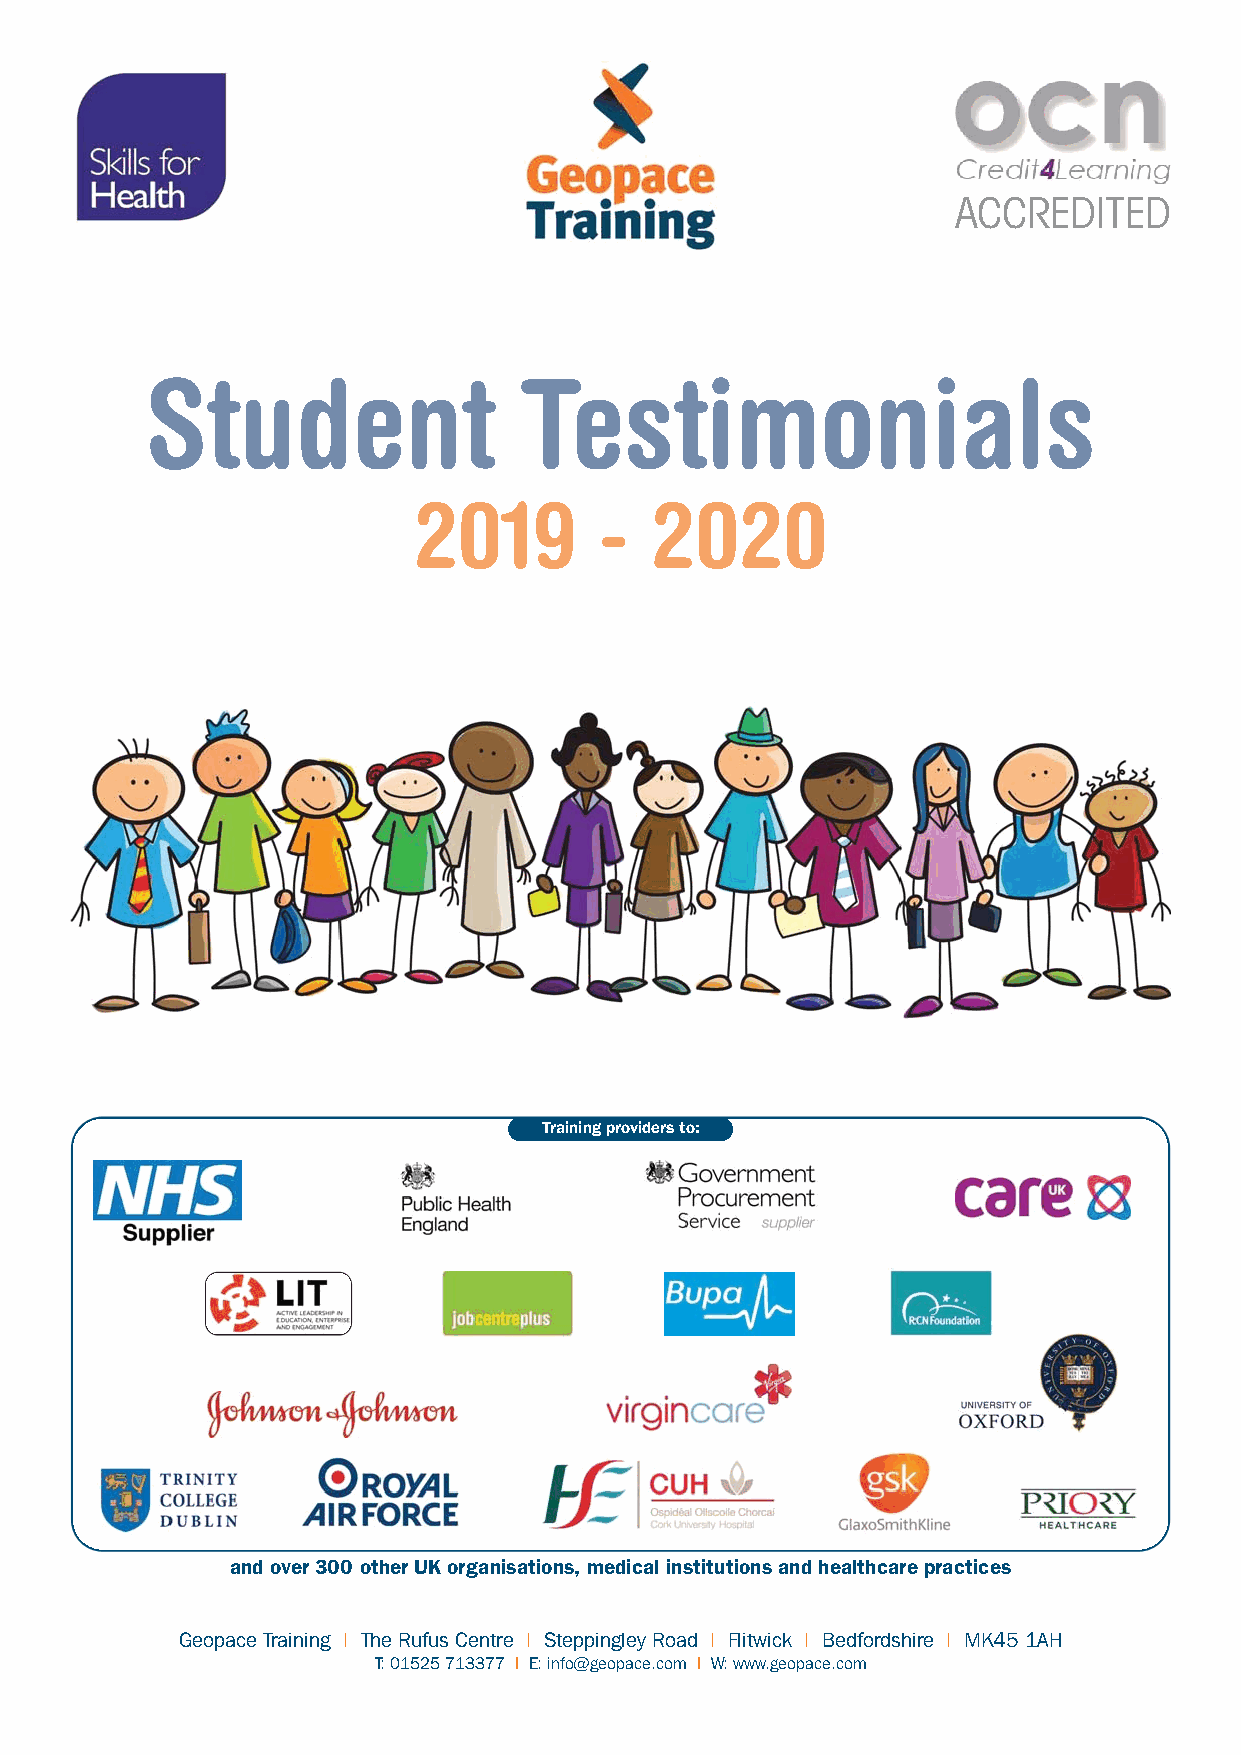
ACCREDITED
 Student                 Testimonials
 2019         -  2020
 Training providers to:
 and over 300 other UK organisations, medical institutions and healthcare practices
 Geopace Training I The Rufus Centre I Steppingley Road I Flitwick I Bedfordshire I MK45 1AH
 T: 01525 713377 I E: info@geopace.com I W: www.geopace.com